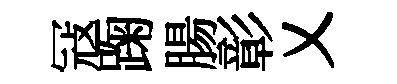
冦踘腸彰乂